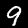
Label: 9